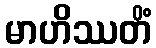
မာဟိဿတိံ